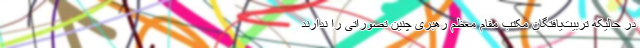
در حالیکه تربیت‌یافتگان مکتب مقام معظم رهبری چنین تصوراتی را ندارند